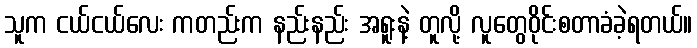
သူက ငယ်ငယ်လေး ကတည်းက နည်းနည်း အရူးနဲ့ တူလို့ လူတွေဝိုင်းစတာခံခဲ့ရတယ်။